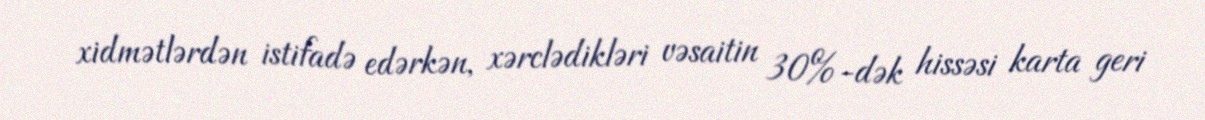
xidmətlərdən istifadə edərkən, xərclədikləri vəsaitin 30%-dək hissəsi karta geri